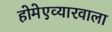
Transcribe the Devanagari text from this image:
होमेएव्‍यारवाला